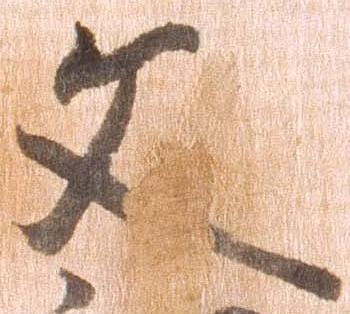
文